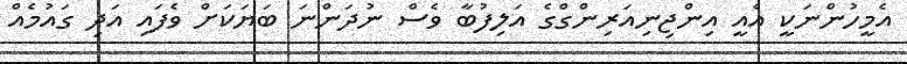
އެމީހުންނަކީ އެއީ އިންޖިނިއަރިންގްގެ އަލިފުބާ ވެސް ނުދަންނަ ބަޔަކަށް ވެފައި އަދި ގައުމެއް